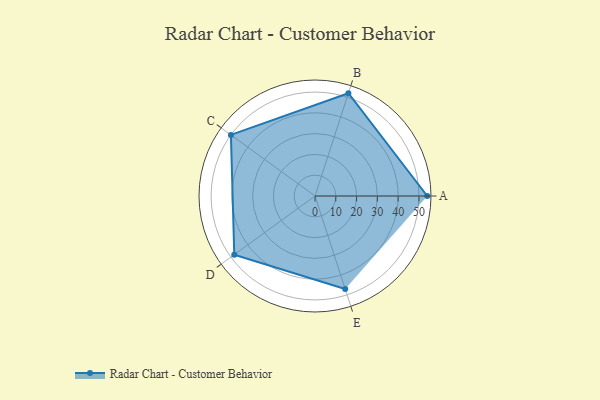
{"axis": {"x": "Skill", "y": "Score"}, "legend": ["Profile"], "data": [{"x": "A", "y": 54.0, "type": "Profile"}, {"x": "B", "y": 52.0, "type": "Profile"}, {"x": "C", "y": 50.0, "type": "Profile"}, {"x": "D", "y": 48.0, "type": "Profile"}, {"x": "E", "y": 47.0, "type": "Profile"}]}